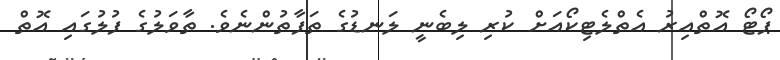
ޕޯޓޯ އޮތްއިރު އެތްލެޓިކޯއަށް ކުރި ލިބެނީ ލަނޑުގެ ތަފާތުންނެވެ. ތާވަލުގެ ފުލުގައި އޮތް